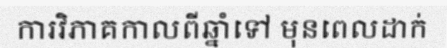
ការវិភាគកាលពីឆ្នាំទៅ មុនពេលដាក់